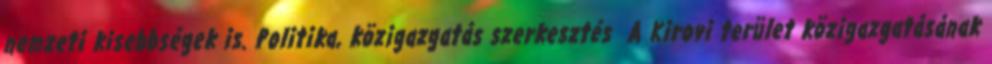
nemzeti kisebbségek is. Politika, közigazgatás szerkesztés A Kirovi terület közigazgatásának